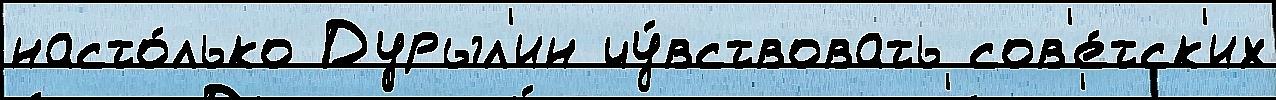
насто́лько Дурыл'ин чу́вствовать сов'е́тск'их